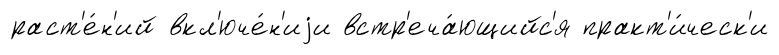
раст'е́н'ий вкл'юче́н'иjи встр'еча́ющийс'я практ'и́ческ'и